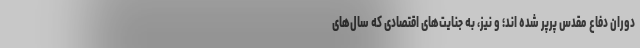
دوران دفاع مقدس پرپر شده اند؛ و نیز، به جنایت‌های اقتصادی که سال‌های